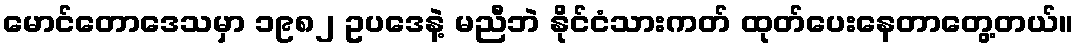
မောင်တောဒေသမှာ ၁၉၈၂ ဥပဒေနဲ့ မညီဘဲ နိုင်ငံသားကတ် ထုတ်ပေးနေတာတွေ့တယ်။